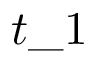
t \_ 1